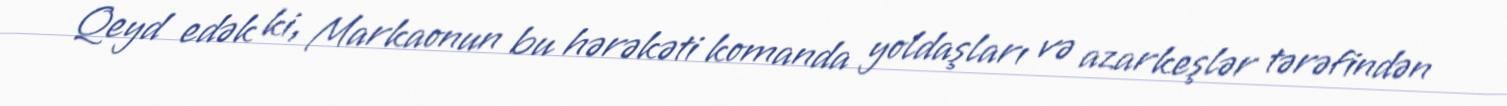
Qeyd edək ki, Markaonun bu hərəkəti komanda yoldaşları və azarkeşlər tərəfindən